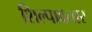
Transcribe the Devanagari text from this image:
शिल्पावतार